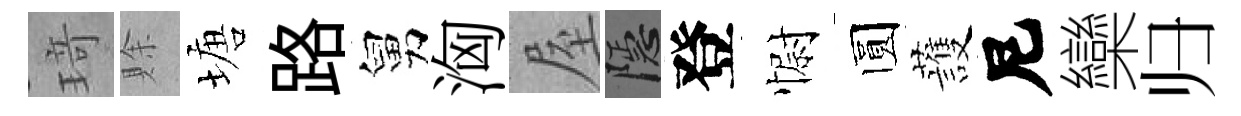
𤦺賖塘路舅洶屋隱登𢠢圆䕶尼欒归